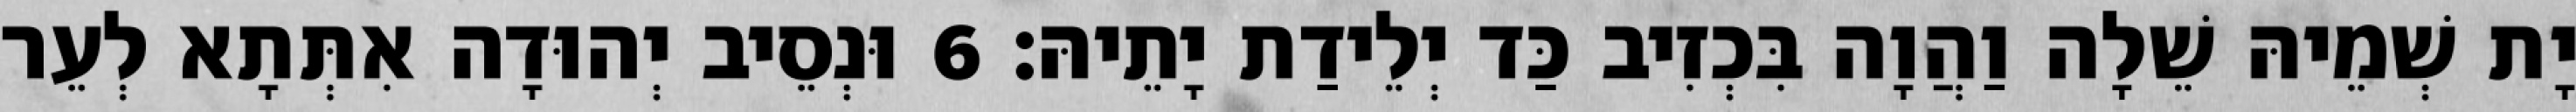
יָת שְׁמֵיהּ שֵׁלָה וַהֲוָה בִּכְזִיב כַּד יְלֵידַת יָתֵיהּ׃ 6 וּנְסֵיב יְהוּדָה אִתְּתָא לְעֵר